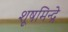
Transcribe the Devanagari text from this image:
शूषमिन्द्रे